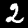
Digit: 2